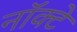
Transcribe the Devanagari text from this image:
नॉक्टे